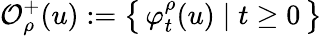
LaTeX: \mathcal{O}_{\rho}^{+}(u):=\left\{ \, \varphi_{t}^{\rho}(u)\; \vert\; t\geq 0\, \right\}